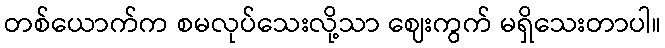
တစ်ယောက်က စမလုပ်သေးလို့သာ ဈေးကွက် မရှိသေးတာပါ။